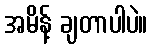
အမိန့် ချတာပါပဲ။